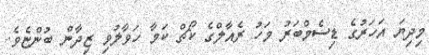
މިދިޔަ އަހަރުގެ ޑިސެމްބަރު މަހު ރެއާލްގެ ކޯޗް ކަމާ ހަވާލުވި ޒިދާން ބުންޏެވެ.